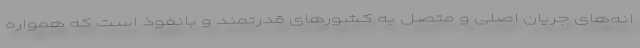
انه‌های جریان اصلی و متصل به کشورهای قدرتمند و بانفوذ است که همواره